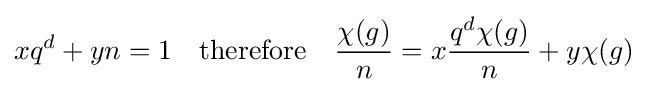
xq^{d}+yn=1\quad {\text{therefore}}\quad {\frac {\chi (g)}{n}}=x{\frac {q^{d}\chi (g)}{n}}+y\chi (g)